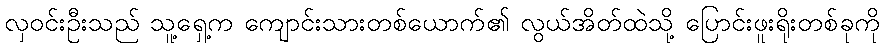
လှဝင်းဦးသည် သူ့ရှေ့က ကျောင်းသားတစ်ယောက်၏ လွယ်အိတ်ထဲသို့ ပြောင်းဖူးရိုးတစ်ခုကို